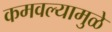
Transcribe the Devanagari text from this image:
कमवल्यामुळे